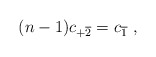
\begin{align*}(n-1)c_{+\overline{2}}=c_{\overline{1}}\ ,\end{align*}